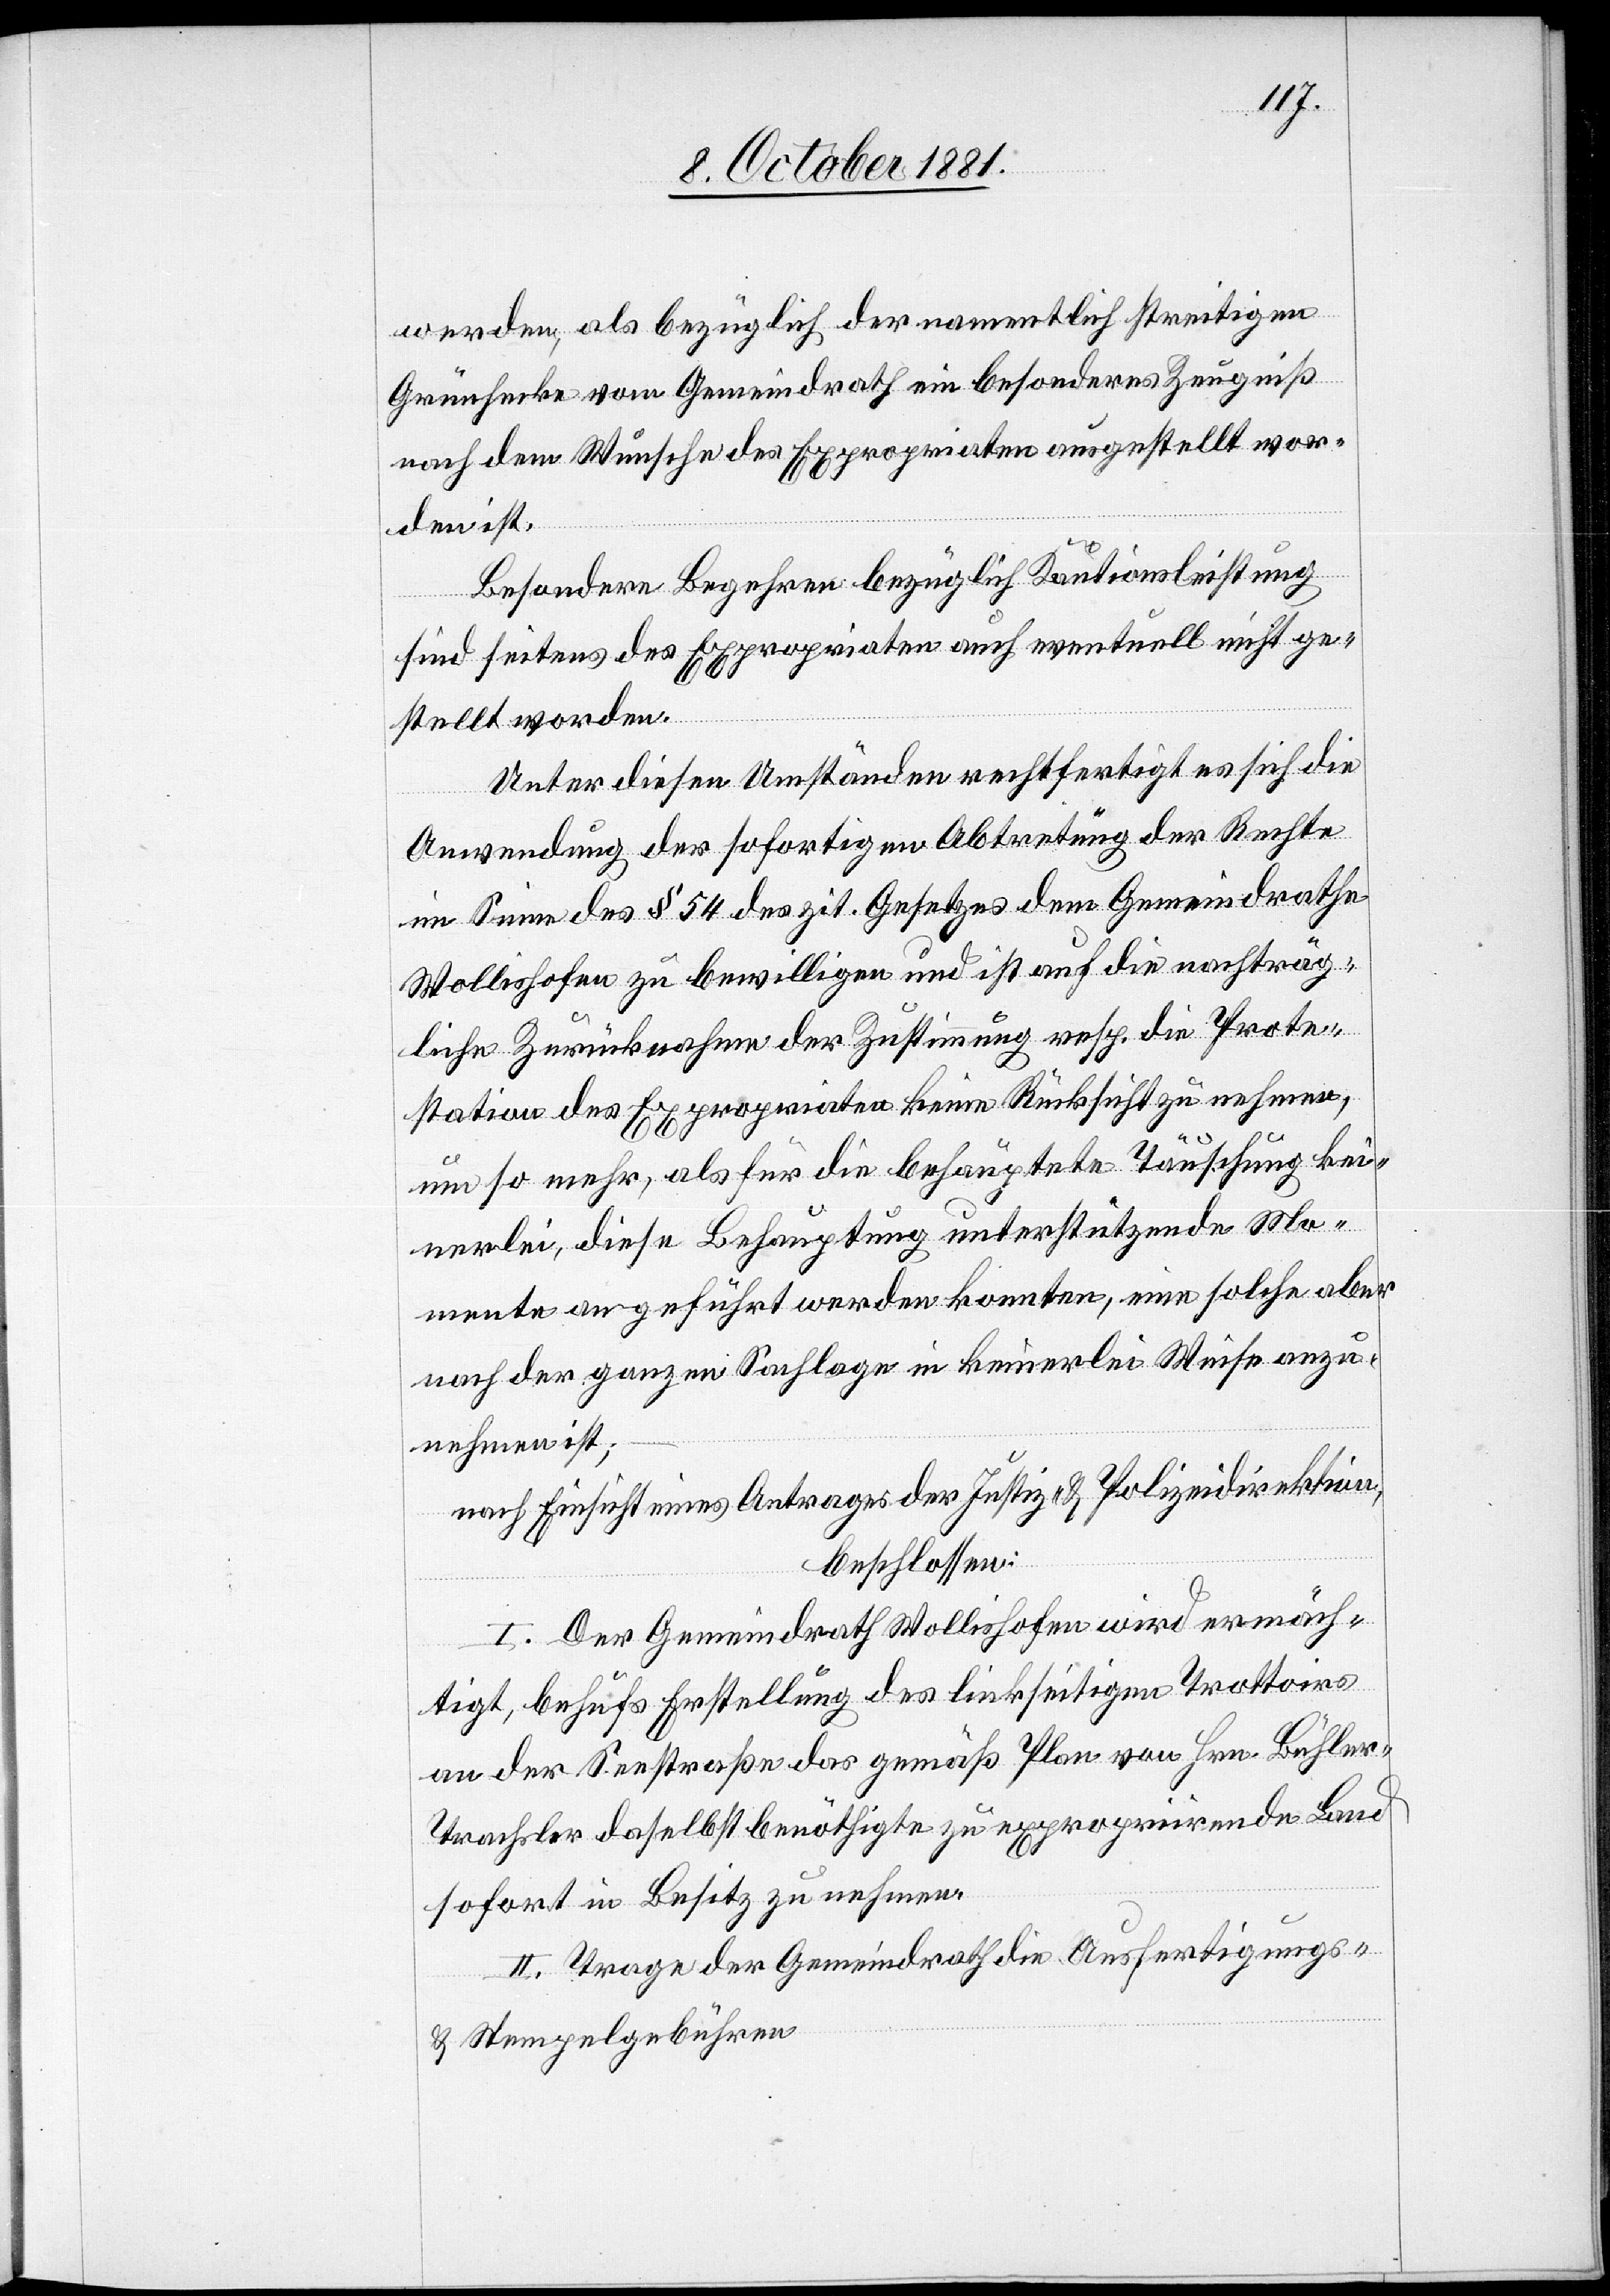
werden, als bezüglich der namentlich streitigen
Grünhecke vom Gemeindrath ein besonderes Zeugniß
nach dem Wunsche des Expropriaten ausgestellt wor¬
den ist.
Besondere Begehren bezüglich Kautionsleistung
sind seitens des Expropriaten auch eventuell nicht ge¬
stellt worden.
Unter diesen Umständen rechtfertigt es sich die
Anwendung der sofortigen Abtretung der Rechte
im Sinne des § 54 des zit. Gesetzes dem Gemeindrathe
Wollishofen zu bewilligen und ist auf die nachträg¬
liche Zurücknahme der Zustimmung resp. die Prote¬
station des Expropriaten keine Rücksicht zu nehmen,
um so mehr, als für die behauptete Täuschung kei¬
nerlei, diese Behauptung unterstützende Mo¬
mente angeführt werden konnten, eine solche aber
nach der ganzen Sachlage in keinerlei Weise anzu¬
nehmen ist;
nach Einsicht eines Antrages der Justiz- & Polizeidirektion,
beschlossen:
I. Der Gemeindrath Wollishofen wird ermäch¬
tigt, behufs Erstellung des linkseitigen Trottoirs
an der Seestraße das gemäß Plan von Hrn. Bühler-T¬
rachsler daselbst benöthigte zu expropriirende Land
sofort in Besitz zu nehmen.
II. Trage der Gemeindrath die Ausfertigungs-
& Stempelgebühren.